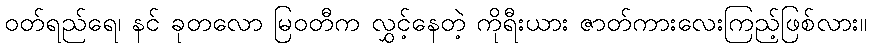
ဝတ်ရည်ရေ၊ နင် ခုတလော မြဝတီက လွှင့်နေတဲ့ ကိုရီးယား ဇာတ်ကားလေးကြည့်ဖြစ်လား။